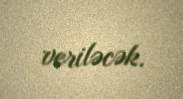
veriləcək.